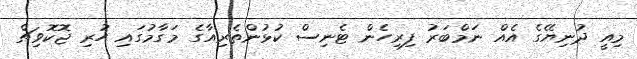
މިއީ ދުނިޔޭގެ އެއް ނަމްބަރު ފިރިހެން ޓެނިސް ކުޅުންތެރިއާގެ މަގާމުގައި ހުރި ޖޮކޮވިޗް